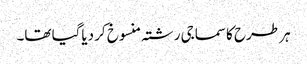
ہر طرح کا سماجی رشتہ منسوخ کر دیاگیا تھا۔